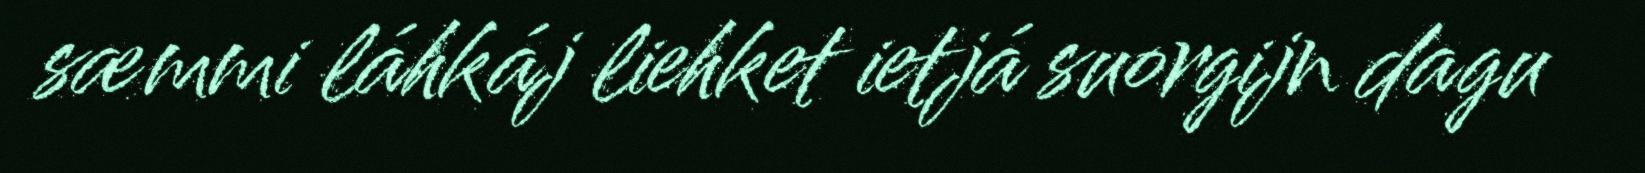
sæmmi láhkáj liehket ietjá suorgijn dagu